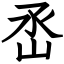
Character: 㞼